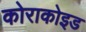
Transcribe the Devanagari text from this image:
कोराकोइड